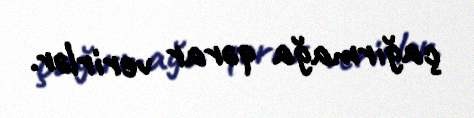
çağırmağa qərar verirlər.